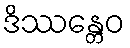
ဒိဿန္တေဝ